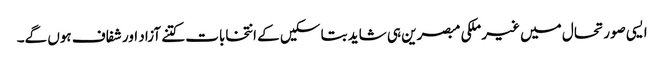
ایسی صورتحال میں غیر ملکی مبصرین ہی شاید بتا سکیں کے انتخابات کتنے آزاد اور شفاف ہوں گے۔